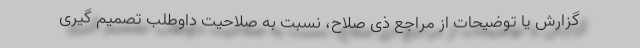
گزارش یا توضیحات از مراجع ذی صلاح، نسبت به صلاحیت داوطلب تصمیم گیری